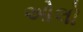
ઓલો